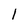
Character: l